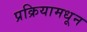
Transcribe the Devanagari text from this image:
प्रक्रियामधून